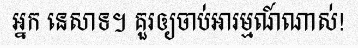
អ្នក នេសាទ។ គួរឲ្យចាប់អារម្មណ៍ណាស់!